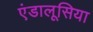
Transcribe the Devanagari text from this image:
एंडालूसिया